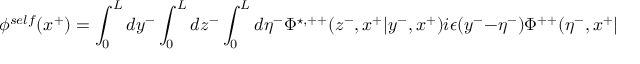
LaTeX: { \phi } ^ { s e l f } ( x ^ { + } ) = \int _ { 0 } ^ { L } d y ^ { - } \int _ { 0 } ^ { L } d z ^ { - } \int _ { 0 } ^ { L } d { \eta } ^ { - } { \Phi } ^ { \star , + + } ( z ^ { - } , x ^ { + } | y ^ { - } , x ^ { + } ) i { \epsilon } ( y ^ { - } - { \eta } ^ { - } ) { \Phi } ^ { + + } ( { \eta } ^ { - } , x ^ { + } | z ^ { - } , x ^ { + } )